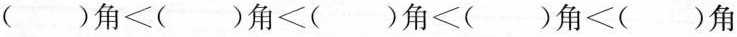
$$( ) 角 < ( ) 角 < ( ) 角 < ( ) 角 < ( ) 角$$